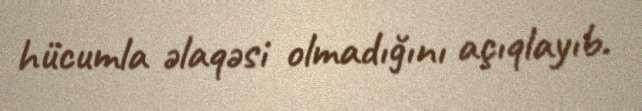
hücumla əlaqəsi olmadığını açıqlayıb.